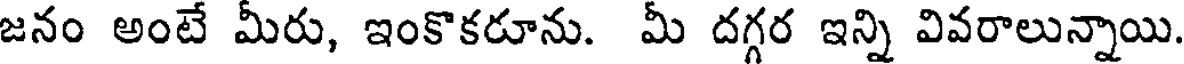
జనం అంటే మీరు, ఇంకొకరూను. మీ దగ్గర ఇన్ని వివరాలున్నాయి.